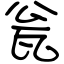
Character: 瓮